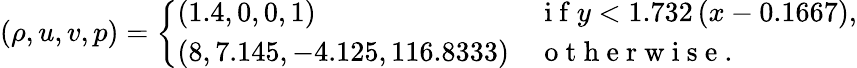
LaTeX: (\rho,u,v,p)=\left\{ \begin{array}{ll}{(1.4,0,0,1)}&{\mathrm{~i~f~}y<1.732\left(x-0.1667\right),}\\ {(8,7.145,-4.125,116.8333)}&{\mathrm{~o~t~h~e~r~w~i~s~e~}.}\end{array}\right.